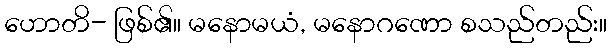
ဟောတိ- ဖြစ်၏။ မနောမယံ, မနောဂဏော စသည်တည်း။